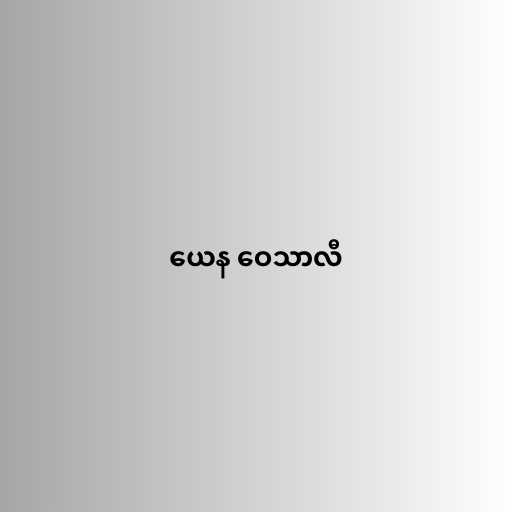
ယေန ဝေသာလီ